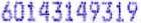
60143149319